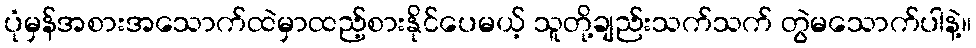
ပုံမှန်အစားအသောက်ထဲမှာထည့်စားနိုင်ပေမယ့် သူတို့ချည်းသက်သက် တွဲမသောက်ပါနဲ့။